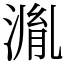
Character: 湚